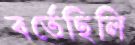
বর্তেছিলি